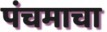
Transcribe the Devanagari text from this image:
पंचमाचा